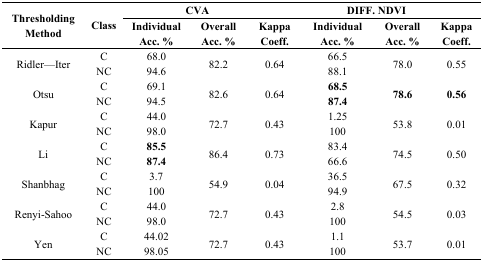
<table><thead><tr><td rowspan="3"><b>Thresholding Method</b></td><td rowspan="3"><b>Class</b></td><td colspan="3"><b>CVA</b></td><td colspan="3"><b>DIFF. NDVI</b></td></tr><tr><td><b>Individual Acc. %</b></td><td><b>Overall Acc. %</b></td><td><b>Kappa Coeff.</b></td><td><b>Individual Acc. %</b></td><td><b>Overall Acc. %</b></td><td><b>Kappa Coeff.</b></td></tr></thead><tbody><tr><td rowspan="2">Ridler—Iter</td><td>C</td><td>68.0</td><td rowspan="2">82.2</td><td rowspan="2">0.64</td><td>66.5</td><td rowspan="2">78.0</td><td rowspan="2">0.55</td></tr><tr><td>NC</td><td>94.6</td><td>88.1</td></tr><tr><td rowspan="2">Otsu</td><td>C</td><td>69.1</td><td rowspan="2">82.6</td><td rowspan="2">0.64</td><td><b>68.5</b></td><td rowspan="2"><b>78.6</b></td><td rowspan="2"><b>0.56</b></td></tr><tr><td>NC</td><td>94.5</td><td><b>87.4</b></td></tr><tr><td rowspan="2">Kapur</td><td>C</td><td>44.0</td><td rowspan="2">72.7</td><td rowspan="2">0.43</td><td>1.25</td><td rowspan="2">53.8</td><td rowspan="2">0.01</td></tr><tr><td>NC</td><td>98.0</td><td>100</td></tr><tr><td rowspan="2">Li</td><td>C</td><td><b>85.5</b></td><td rowspan="2">86.4</td><td rowspan="2">0.73</td><td>83.4</td><td rowspan="2">74.5</td><td rowspan="2">0.50</td></tr><tr><td>NC</td><td><b>87.4</b></td><td>66.6</td></tr><tr><td rowspan="2">Shanbhag</td><td>C</td><td>3.7</td><td rowspan="2">54.9</td><td rowspan="2">0.04</td><td>36.5</td><td rowspan="2">67.5</td><td rowspan="2">0.32</td></tr><tr><td>NC</td><td>100</td><td>94.9</td></tr><tr><td rowspan="2">Renyi-Sahoo</td><td>C</td><td>44.0</td><td rowspan="2">72.7</td><td rowspan="2">0.43</td><td>2.8</td><td rowspan="2">54.5</td><td rowspan="2">0.03</td></tr><tr><td>NC</td><td>98.0</td><td>100</td></tr><tr><td rowspan="2">Yen</td><td>C</td><td>44.02</td><td rowspan="2">72.7</td><td rowspan="2">0.43</td><td>1.1</td><td rowspan="2">53.7</td><td rowspan="2">0.01</td></tr><tr><td>NC</td><td>98.05</td><td>100</td></tr></tbody></table>